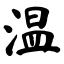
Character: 温